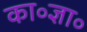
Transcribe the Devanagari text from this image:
का॰ज्ञा॰